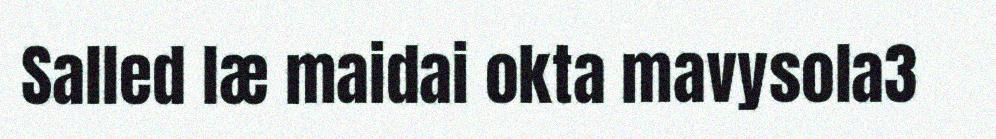
Salled læ maidai okta mavysola3